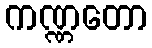
ကဏ္ဏတော